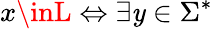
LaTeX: x\inL\Leftrightarrow\exists\mathit{y}\in\Sigma^{*}